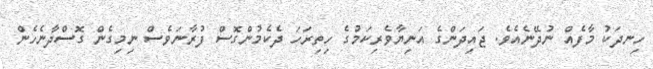
ހިނދަކު މާފެއް ނުދޭނެއެވެ. ޖައިދަންގެ އަނިޔާވެރިކަމުގެ ހިތިރަހަ ދެކެމުންގޮސް ފުރާނަވެސް ނިމިގެން ގޮސްދާނެހެން